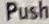
Push